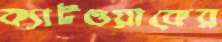
ক্যাটওয়াকের